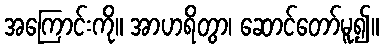
အကြောင်းကို။ အာဟရိတွာ၊ ဆောင်တော်မူ၍။